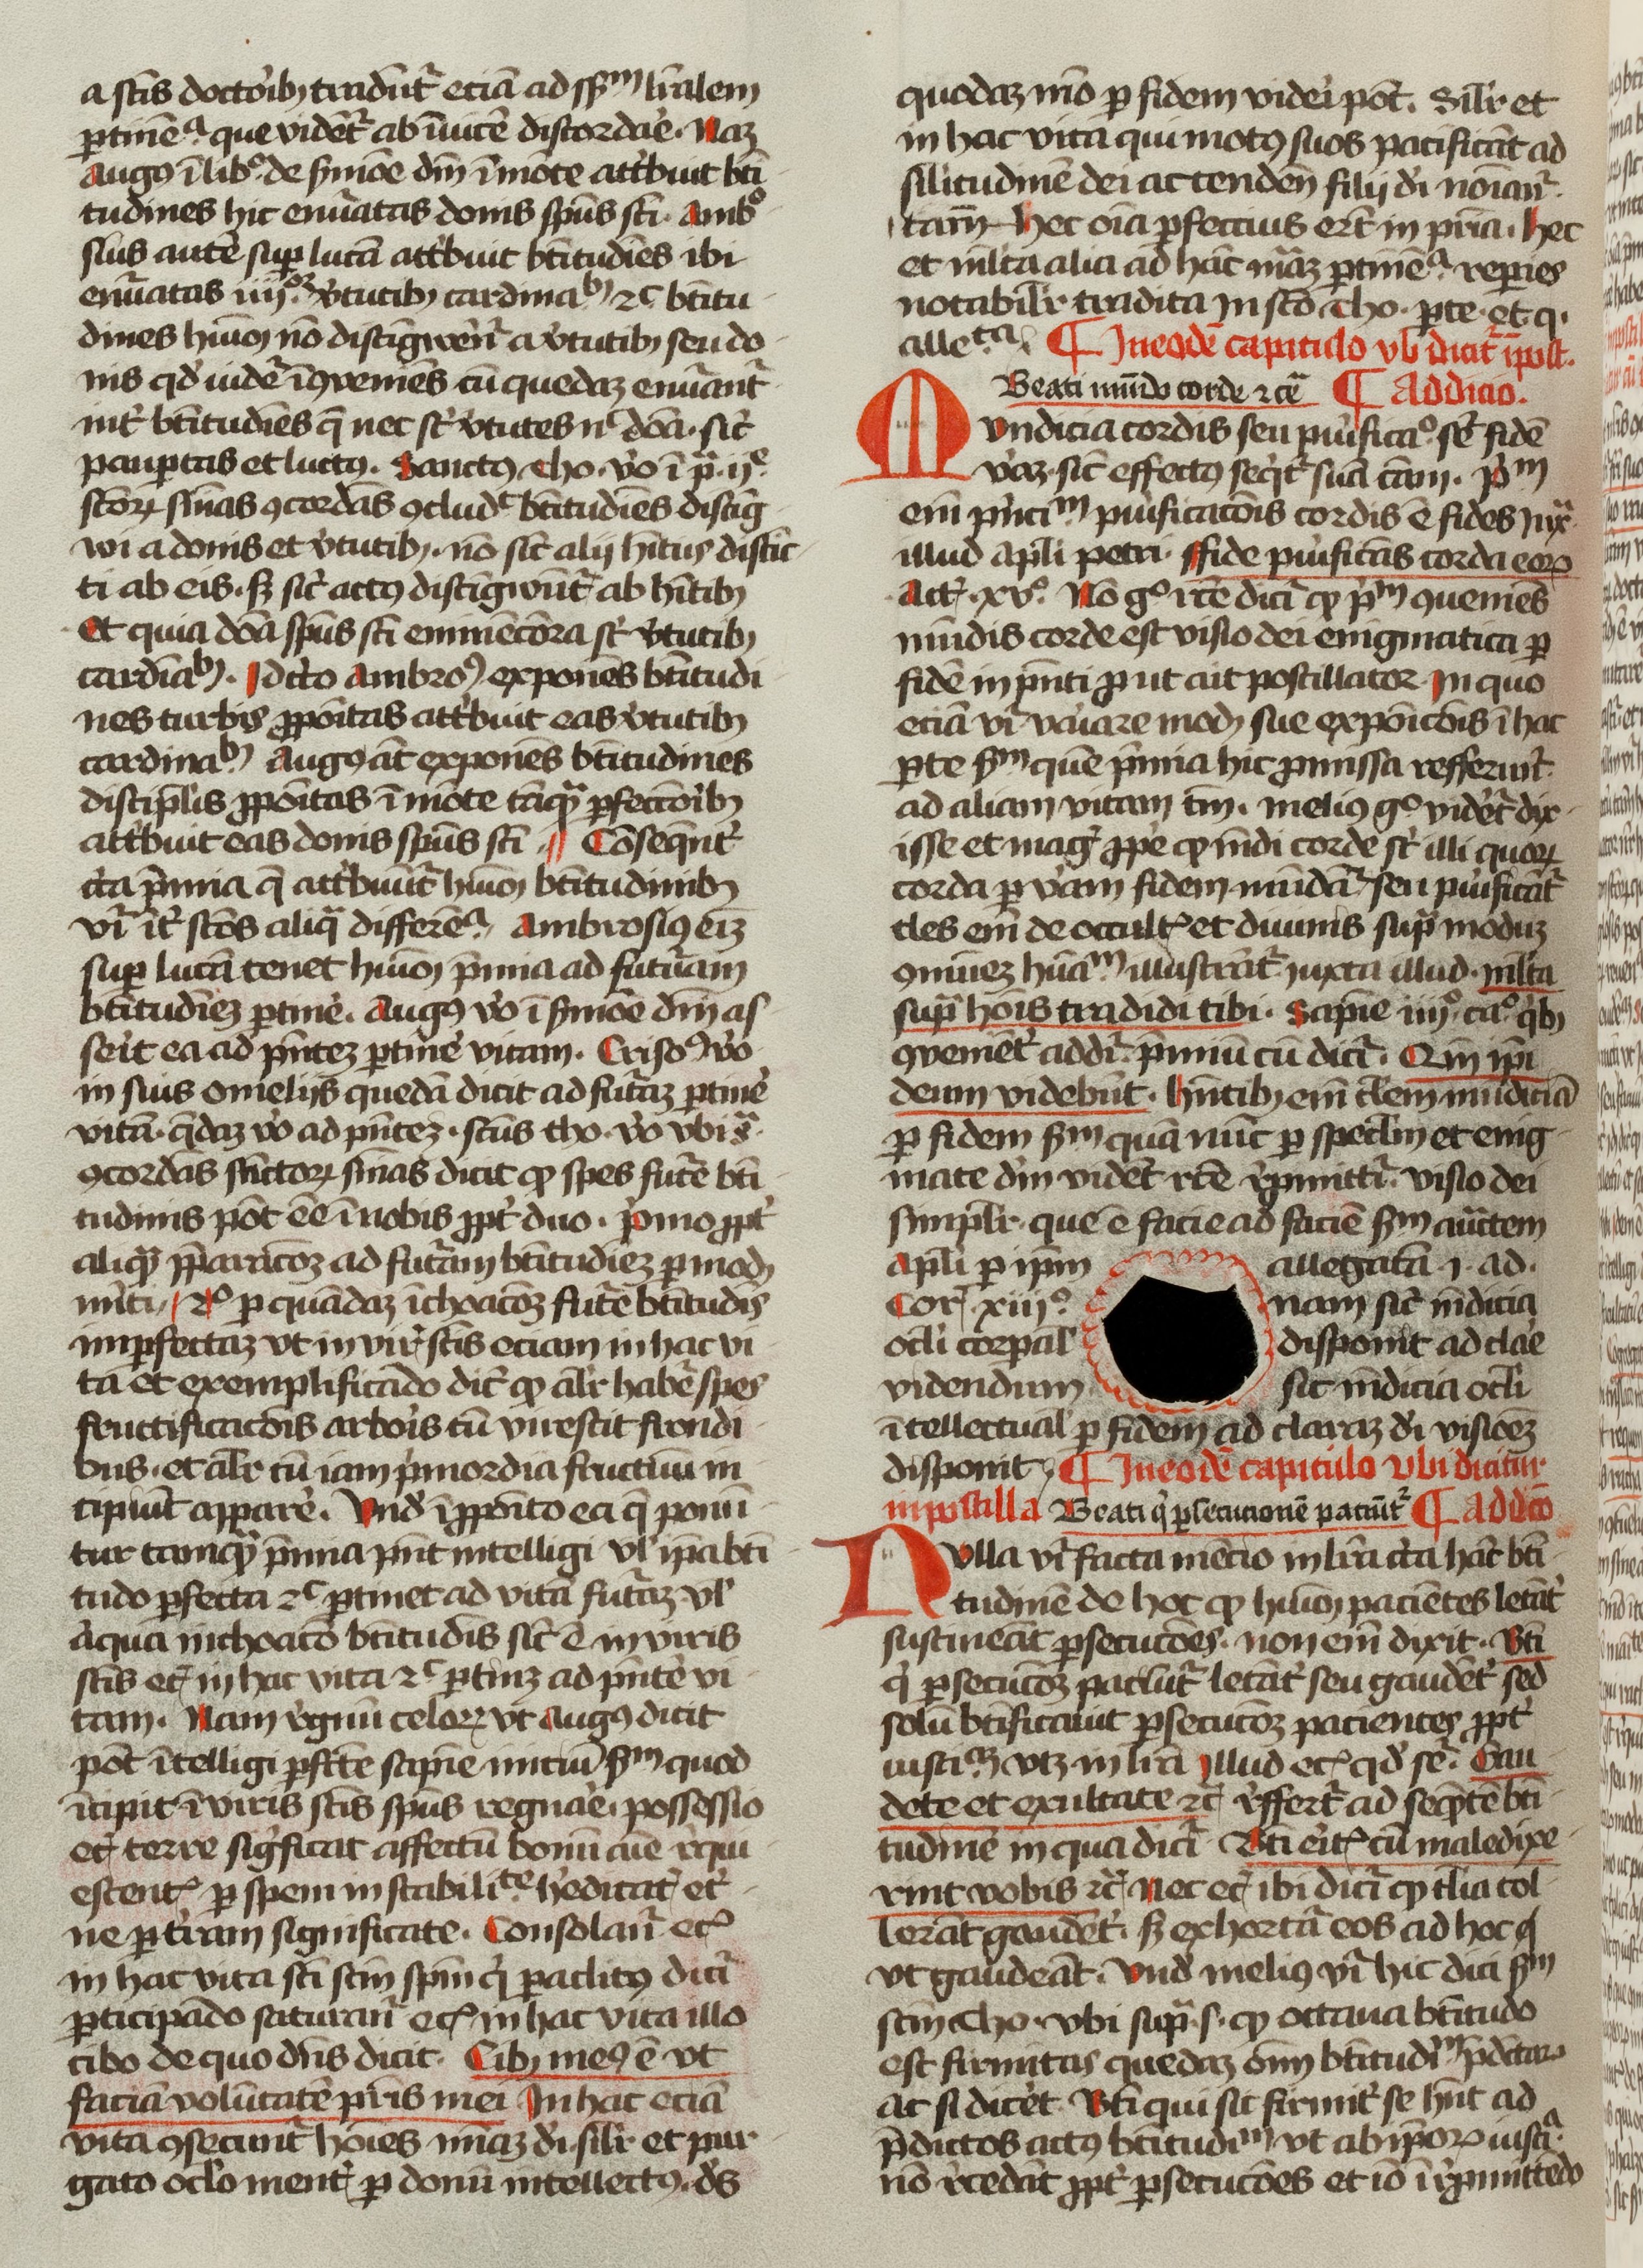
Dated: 1400–1499